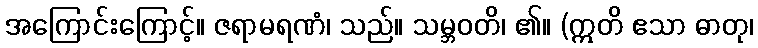
အကြောင်းကြောင့်။ ဇရာမရဏံ၊ သည်။ သမ္ဘဝတိ၊ ၏။ (ဣတိ ဧသာ ဓာတု၊